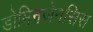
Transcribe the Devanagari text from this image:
डोमिनजेनसिस